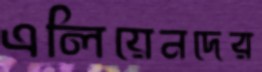
এলিয়েনদের